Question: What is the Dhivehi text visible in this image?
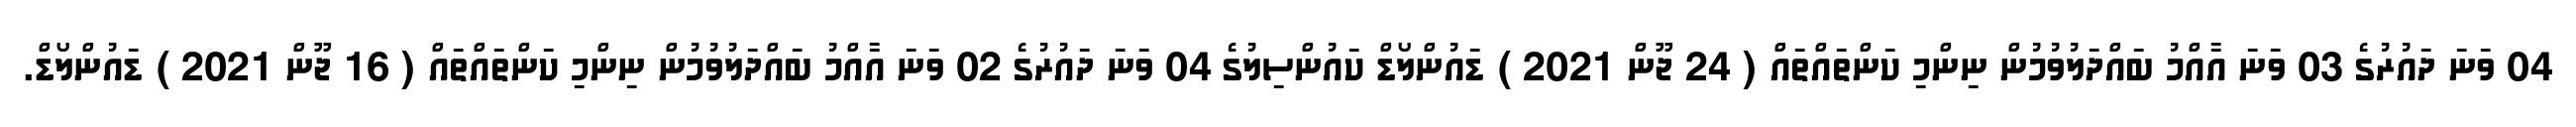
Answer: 04 ވަނަ ދައުރުގެ 03 ވަނަ އާއްމު ބައްދަލުވުމުން ނިންމި ކަންތައްތައް ( 24 ޖޫން 2021 ) ޑައުންލޯޑް ކައުންސިލުގެ 04 ވަނަ ދައުރުގެ 02 ވަނަ އާއްމު ބައްދަލުވުމުން ނިންމި ކަންތައްތައް ( 16 ޖޫން 2021 ) ޑައުންލޯޑް.